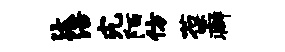
汰涪究陌仿葆癖